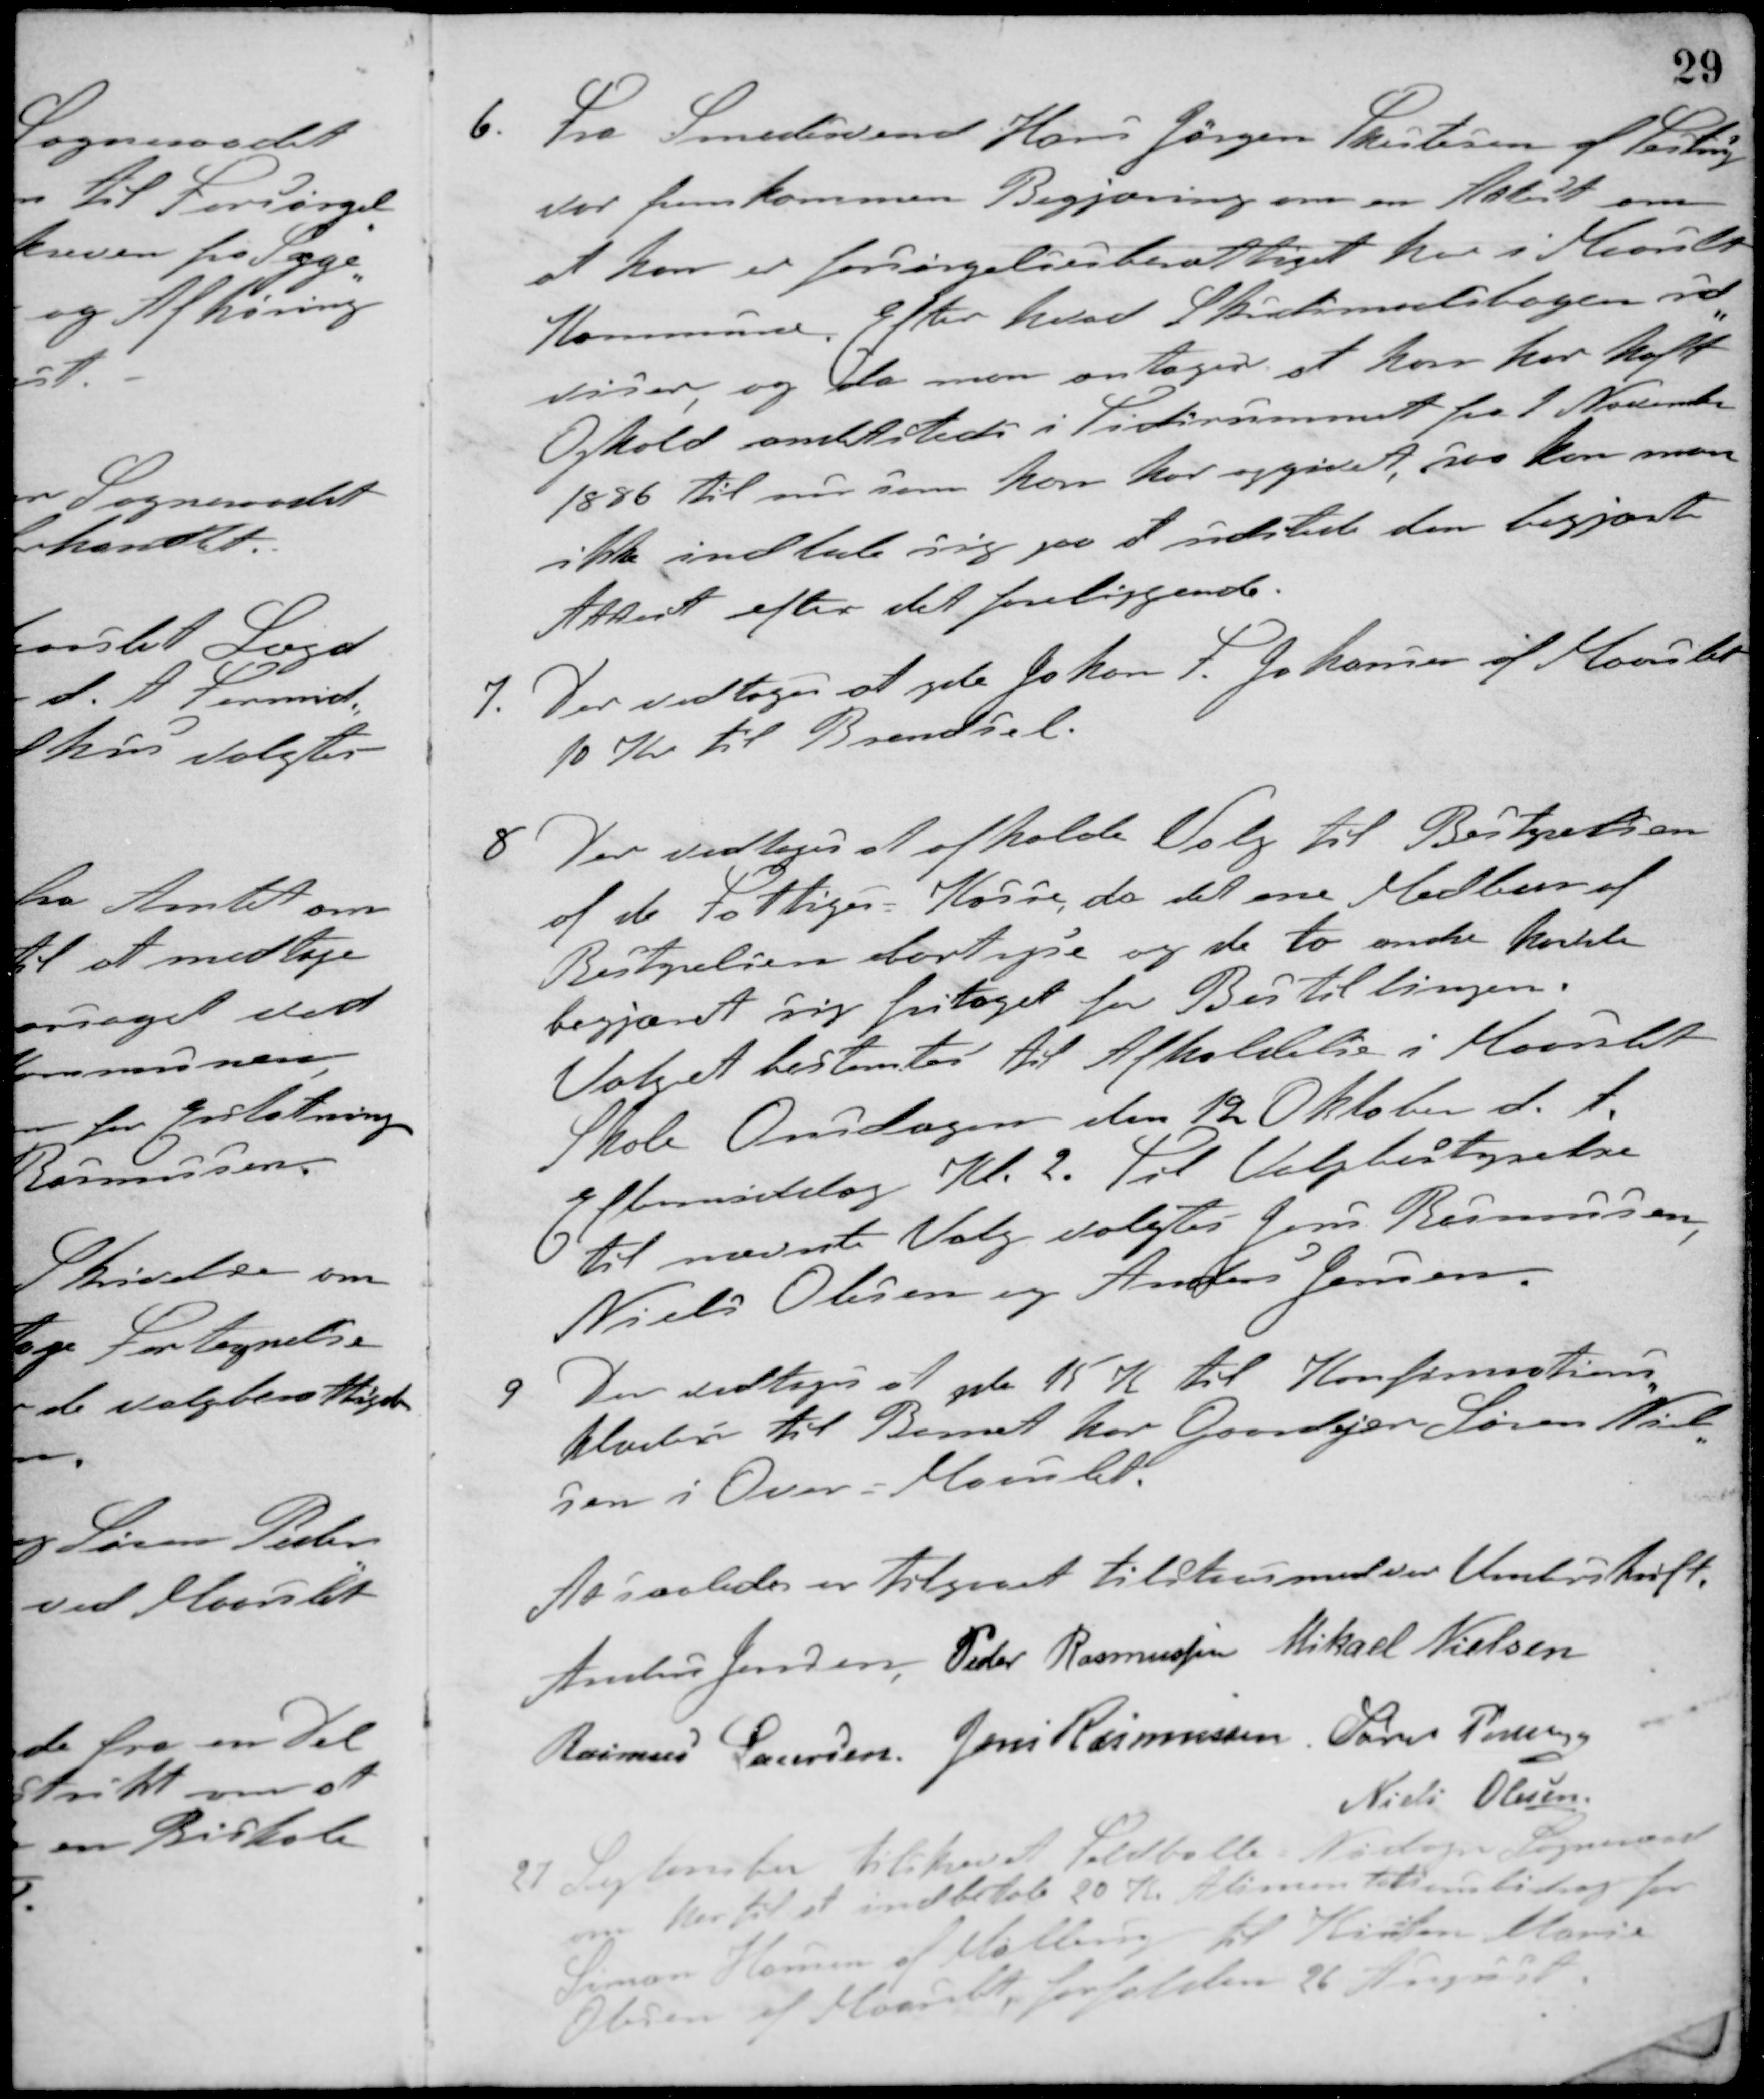
Transskription:
6. Fra Smedesvend Hans Jørgen Skistesen af Testrup
var fremkommen Begjæring om en Attest om
at han er forsørgelsesberettiget her i Maarslet
Kommune. Efter hvad Skudsmaalsbogen ud-
viser og da man antager at han har haft
Ophold omletsteder i Tidsrummet fra 1 November
1886 til nu som han har opgivet, saa kan man
ikke indlade sig paa at udstede den begjærte
Attest efter det foreliggende.
7. Der vedtoges at yde Johan F. Johansen af Maarslet
10 Kr. til Brændsel.
8. Der vedtoges at afholde Valg til Bestyrelsen
af de Fattiges Kasse, da det ene Medlem af
Bestyrelsen bortrejse og de to andre havde
begjæret sig fritaget for Bestillingen.
Valget bestemtes til Afholdelse i Maarslet
Skole Onsdagen den 12 Oktober d. A.
Eftermiddag Kl. 2. Til Valgbestyrelse
til nævnte Valg valgtes Jens Rasmussen,
Niels Olesen og Anders Jensen
9. Der vedtoges at yde 15 K. til Konfirmations-
Klæder til Barnet hos Gaardejer Søren Niel-
sen i Over-Maarslet.
At saaledes er tilgaaet tilstaas med vor Underskrift.
Anders Jensen Peder Rasmussen Mikael Nielsen
Rasmus Laursen Jens Rasmussen Laurs Pedersen
Niels Olesen
27 September tilskrevet Feldballe-Nødager Sogneraad
om hertil at indbetale 20 Kr. Alimentationsbidrag for
Simon Hansen af Malling til Kirsten Marie
Olesen af Maarslet, forfalden 26 August.